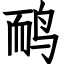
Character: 鸸